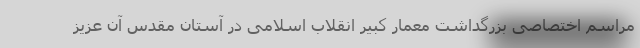
مراسم اختصاصی بزرگداشت معمار کبیر انقلاب اسلامی در آستان مقدس آن عزیز